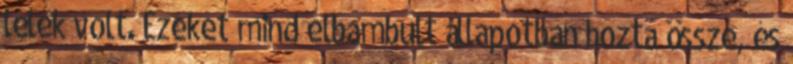
lélek volt. Ezeket mind elbambult állapotban hozta össze, és